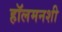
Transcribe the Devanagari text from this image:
हॉलमनशी